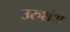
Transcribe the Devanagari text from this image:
उरुशंश